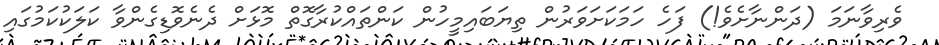
ވެރިވާނަމަ (ދަންނާށެވެ!) ފަހެ ހަމަކަށަވަރުން ތިޔަބައިމީހުން ކަންތައްކުރާގޮތް މޮޅަށް ދެނެވޮޑިގެންވާ ކަލަކުކަމުގައި